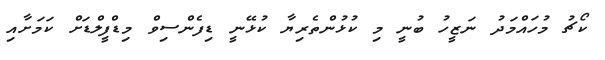
ކޯޗު މުހައްމަދު ނަޒީހު ބުނީ މި ކުޅުންތެރިޔާ ކުޅޭނީ ޑިފެންސިވް މިޑްފީލްޑަށް ކަމަށާއި